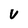
Character: U